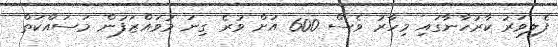
ފެލިވަރު ކާރުހާނާގައި މިހާރު ވެސް 600 އަށް ވުރެ ގިނަ މުވައްޒަފުން މަސައްކަތް